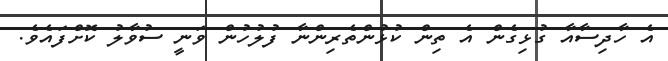
އެ ހާދިސާއާ ގުޅިގެން އެ ތިން ކުޅުންތެރިންނާ ފުލުހުން ވަނީ ސުވާލު ކޮށްފައެވެ.